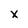
Character: x